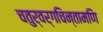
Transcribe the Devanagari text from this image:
चतुर्वर्गचिन्तामणि